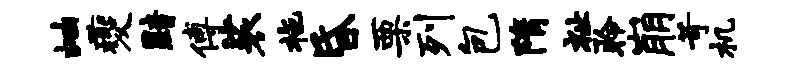
岫夔黯傅裟拖昏栗列包隋祉聆崩苛机